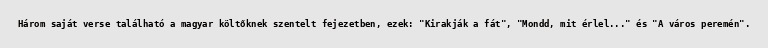
Három saját verse található a magyar költőknek szentelt fejezetben, ezek: "Kirakják a fát", "Mondd, mit érlel..." és "A város peremén".